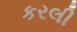
કરલી